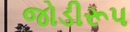
જોડીરૂપ